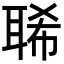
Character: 𦖁